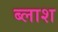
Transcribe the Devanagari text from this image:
ब्लाश